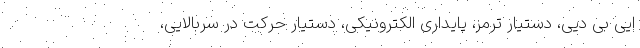
ایی بی دیی، دستیار ترمز، پایداری الکترونیکی، دستیار حرکت در سربالایی،